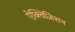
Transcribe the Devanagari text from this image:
ऐक्विज़िशन